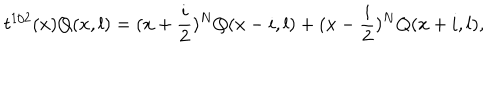
LaTeX: t ^ { 1 / 2 } ( x ) Q ( x , l ) = ( x + \frac { i } { 2 } ) ^ { N } Q ( x - i , l ) + ( x - \frac { i } { 2 } ) ^ { N } Q ( x + i , l ) ,